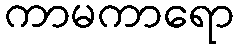
ကာမကာရော